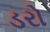
ડરો